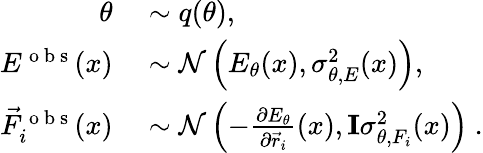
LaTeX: \begin{array}{rl}{\theta}&{{}\sim q(\theta),}\\ {E^{\mathrm{~o~b~s~}}(x)}&{{}\sim\mathcal{N}\left(E_{\theta}(x),\sigma_{\theta,E}^{2}(x)\right),}\\ {\vec{F}_{i}^{\mathrm{~o~b~s~}}(x)}&{{}\sim\mathcal{N}\left(-\frac{\partial E_{\theta}}{\partial\vec{r}_{i}}(x),\mathbf{I}\sigma_{\theta,F_{i}}^{2}(x)\right)\ .}\end{array}